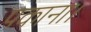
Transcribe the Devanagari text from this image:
पकाना।